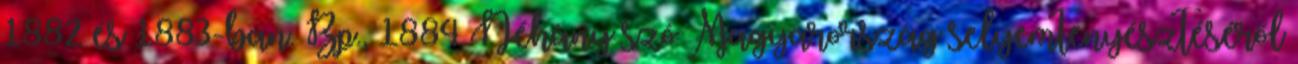
1882 és 1883-ban. Bp., 1884 Néhány szó Magyarország selyemtenyésztéséről